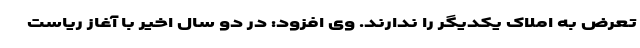
تعرض به املاک یکدیگر را ندارند. وی افزود: در دو سال اخیر با آغاز ریاست